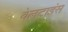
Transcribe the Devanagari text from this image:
वेलटाइंस